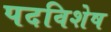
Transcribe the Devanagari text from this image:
पदविशेष